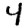
Digit: 4